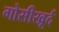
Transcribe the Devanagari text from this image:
गोसीखूर्द